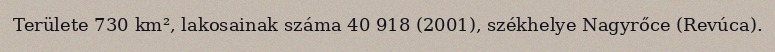
Területe 730 km², lakosainak száma 40 918 (2001), székhelye Nagyrőce (Revúca).